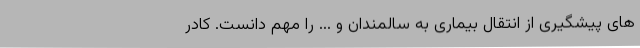
های پیشگیری از انتقال بیماری به سالمندان و ... را مهم دانست. کادر